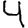
Digit: 4